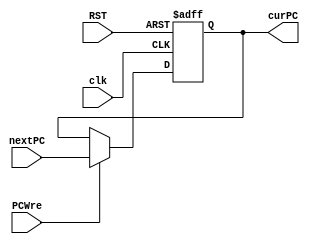
`timescale 1ns / 1ps
//////////////////////////////////////////////////////////////////////////////////
// Company: 
// Engineer: 
// 
// Design Name: 
// Module Name: PC
// Project Name: 
// Target Devices: 
// Tool Versions: 
// Description: 
// 
// Dependencies: 
// 
// Revision:
// Revision 0.01 - File Created
// Additional Comments:
// 
//////////////////////////////////////////////////////////////////////////////////


module PC(
    input clk,
    input RST,
    input PCWre,
    input [31:0] nextPC,
    output reg[31:0] curPC
    );
    
    initial begin   
        curPC <= 0;
    end
    
    always@(posedge clk or negedge RST) begin
        if(!RST) begin
            curPC <= 0;
        end
        else begin
            if(PCWre == 1) begin
                curPC <= nextPC;
            end
            else begin
                curPC <= curPC;
            end
        end
    end
    
endmodule